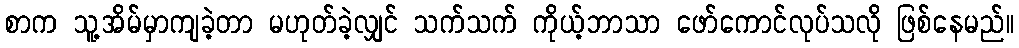
စာက သူ့အိမ်မှာကျခဲ့တာ မဟုတ်ခဲ့လျှင် သက်သက် ကိုယ့်ဘာသာ ဖော်ကောင်လုပ်သလို ဖြစ်နေမည်။